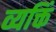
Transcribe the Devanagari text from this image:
व्यक्तिं